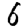
Digit: 6